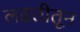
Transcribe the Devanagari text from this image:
लढतीतून